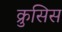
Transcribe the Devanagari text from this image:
क्रुसिस